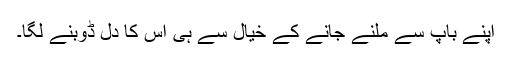
اپنے باپ سے ملنے جانے کے خیال سے ہی اس کا دل ڈوبنے لگا۔